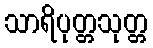
သာရိပုတ္တသုတ္တ